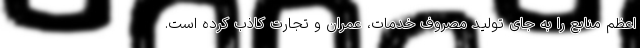
اعظم منابع را به جای تولید مصروف خدمات، عمران و تجارت کاذب کرده است.